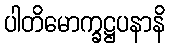
ပါတိမောက္ခဋ္ဌပနာနိ